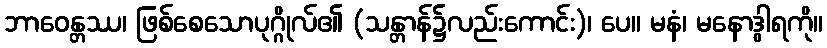
ဘာဝေန္တဿ၊ ဖြစ်စေသောပုဂ္ဂိုလ်၏ (သန္တာန်၌လည်းကောင်း)၊ ပေ။ မနံ၊ မနောဒွါရကို။